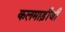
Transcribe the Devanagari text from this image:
कलमाड़ीजी